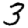
Digit: 3